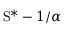
\mathrm { S } ^ { \ast } - 1 / \alpha